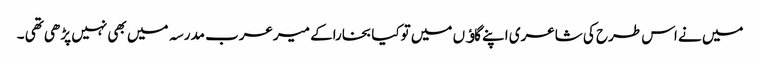
میں نے اس طرح کی شاعری اپنے گاﺅں میں توکیا بخاراکے میرعرب مدرسہ میں بھی نہیں پڑھی تھی ۔